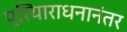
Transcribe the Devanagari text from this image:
प्रियाराधनानंतर